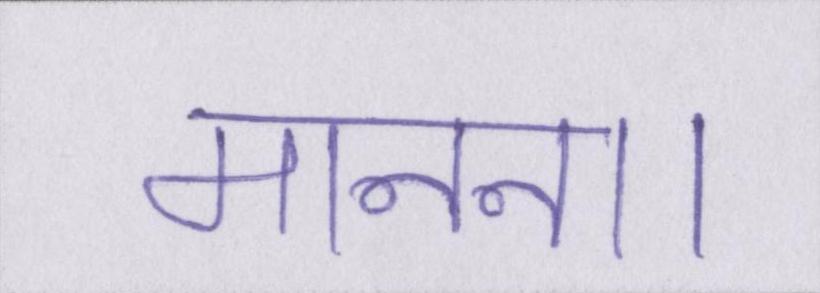
मानना।